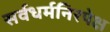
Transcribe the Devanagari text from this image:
सर्वधर्मनिरपेक्ष